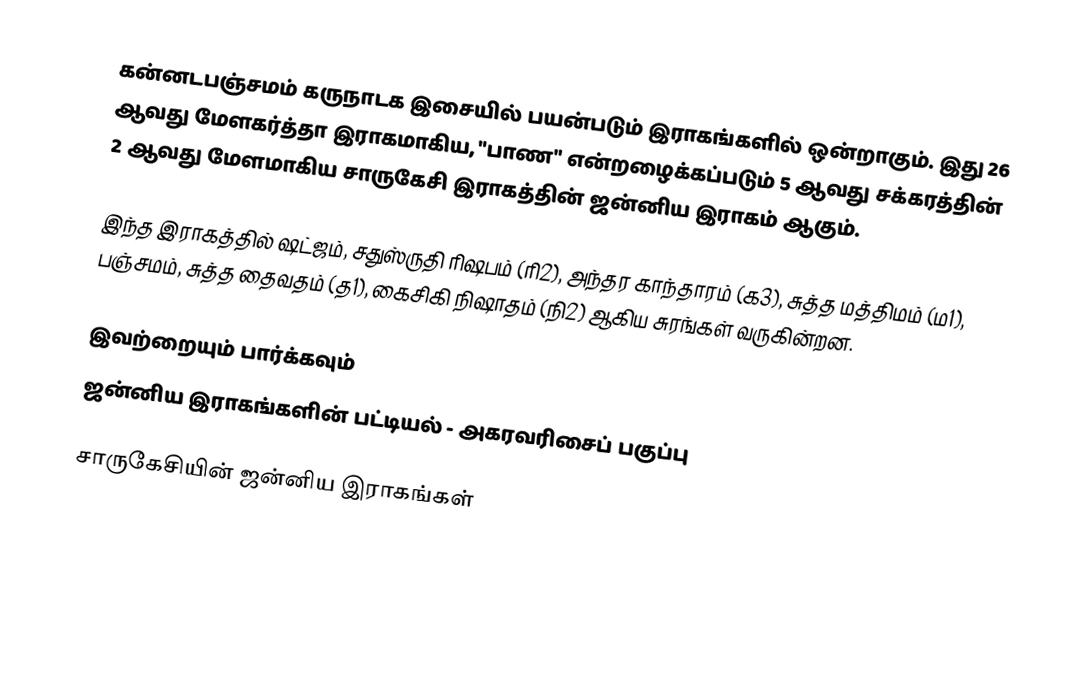
கன்னடபஞ்சமம் கருநாடக இசையில் பயன்படும் இராகங்களில் ஒன்றாகும். இது 26 ஆவது மேளகர்த்தா இராகமாகிய, "பாண" என்றழைக்கப்படும் 5 ஆவது சக்கரத்தின் 2 ஆவது மேளமாகிய சாருகேசி இராகத்தின் ஜன்னிய இராகம் ஆகும்.

இந்த இராகத்தில் ஷட்ஜம், சதுஸ்ருதி ரிஷபம் (ரி2),  அந்தர காந்தாரம் (க3), சுத்த மத்திமம் (ம1), பஞ்சமம், சுத்த தைவதம் (த1), கைசிகி நிஷாதம்  (நி2) ஆகிய சுரங்கள் வருகின்றன.

இவற்றையும் பார்க்கவும்
 ஜன்னிய இராகங்களின் பட்டியல் - அகரவரிசைப் பகுப்பு

சாருகேசியின் ஜன்னிய இராகங்கள்